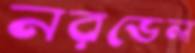
নরভেল